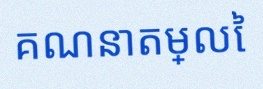
គណនាតម្លៃ